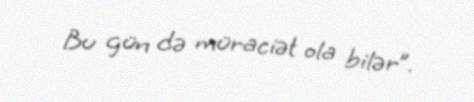
Bu gün də müraciət ola bilər”.